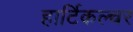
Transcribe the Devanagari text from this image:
हार्टिकल्चर